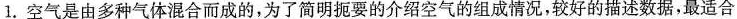
1.空气是由多种气体混合而成的，为了简明扼要的介绍空气的组成情况，较好的描述数据，最适合